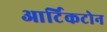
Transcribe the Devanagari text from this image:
आर्टिकटोन